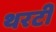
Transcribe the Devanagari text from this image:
थरटी